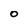
Character: O